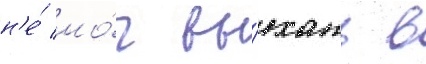
н'е́ мо́г вы́ехать в